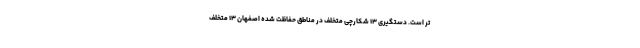
تر است. دستگیری ۱۳ شکارچی متخلف در مناطق حفاظت شده اصفهان ۱۳ متخلف